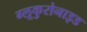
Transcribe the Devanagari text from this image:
ग्लूकुरोनाइड